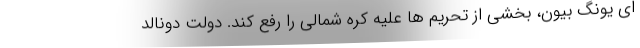
ای یونگ بیون، بخشی از تحریم ها علیه کره شمالی را رفع کند. دولت دونالد